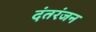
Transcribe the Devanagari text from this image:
दंतरंजन